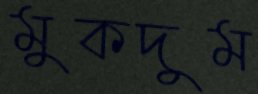
মুকদুম